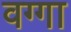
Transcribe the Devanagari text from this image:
वग्गा